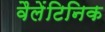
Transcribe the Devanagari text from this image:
वैलेंटिनिक